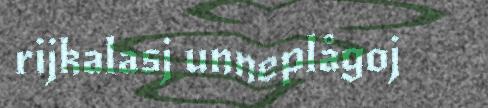
rijkalasj unneplågoj